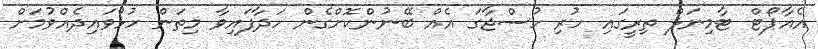
އެއާޕޯޓް ޓާމިނަލް ތިރީގައި ހުރި ހުސްޖާގަ އެއް ބޭނުންކޮށްގެން ހަދާފައިވާ މިތަން ހުޅުވައިދެއްވުމަށް